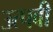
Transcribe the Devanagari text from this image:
उत्पवी